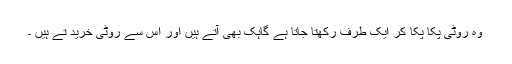
وہ روٹی پکا پکا کر ایک طرف رکھتا جاتا ہے گاہک بھی آتے ہیں اور اس سے روٹی خرید تے ہیں ۔